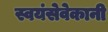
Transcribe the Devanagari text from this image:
स्वयंसेवेकानी